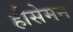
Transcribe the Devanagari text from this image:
हौसेमन